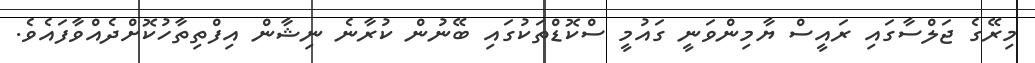
މިރޭގެ ޖަލްސާގައި ރައީސް ޔާމިންވަނީ ގައުމީ ސްކޮޑްތަކުގައި ބޭނުން ކުރާނެ ނިޝާން އިފްތިތާހުކޮށްދެއްވާފައެވެ.